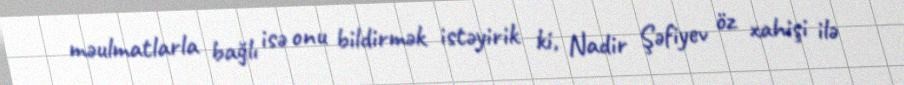
məulmatlarla bağlı isə onu bildirmək istəyirik ki, Nadir Şəfiyev öz xahişi ilə